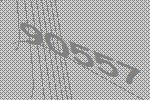
90557